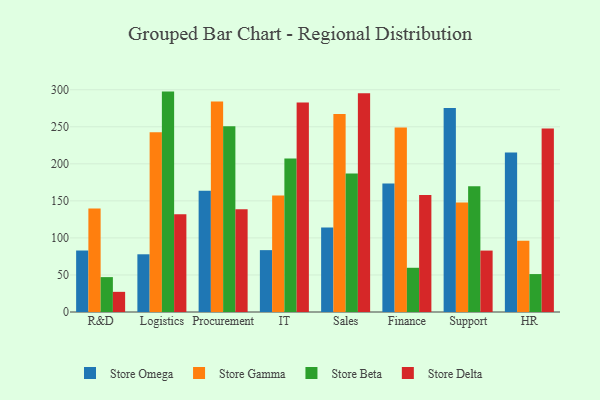
{"axis": {"x": "Department", "y": "Page Views"}, "legend": ["Store Beta", "Store Delta", "Store Gamma", "Store Omega"], "data": [{"x": "R&D", "y": 83.0, "type": "Store Omega"}, {"x": "R&D", "y": 139.8, "type": "Store Gamma"}, {"x": "R&D", "y": 47.1, "type": "Store Beta"}, {"x": "R&D", "y": 27.2, "type": "Store Delta"}, {"x": "Logistics", "y": 77.9, "type": "Store Omega"}, {"x": "Logistics", "y": 242.6, "type": "Store Gamma"}, {"x": "Logistics", "y": 297.5, "type": "Store Beta"}, {"x": "Logistics", "y": 131.9, "type": "Store Delta"}, {"x": "Procurement", "y": 163.5, "type": "Store Omega"}, {"x": "Procurement", "y": 284.0, "type": "Store Gamma"}, {"x": "Procurement", "y": 250.7, "type": "Store Beta"}, {"x": "Procurement", "y": 138.7, "type": "Store Delta"}, {"x": "IT", "y": 83.5, "type": "Store Omega"}, {"x": "IT", "y": 157.3, "type": "Store Gamma"}, {"x": "IT", "y": 207.2, "type": "Store Beta"}, {"x": "IT", "y": 282.8, "type": "Store Delta"}, {"x": "Sales", "y": 114.0, "type": "Store Omega"}, {"x": "Sales", "y": 267.1, "type": "Store Gamma"}, {"x": "Sales", "y": 186.9, "type": "Store Beta"}, {"x": "Sales", "y": 295.4, "type": "Store Delta"}, {"x": "Finance", "y": 173.5, "type": "Store Omega"}, {"x": "Finance", "y": 249.2, "type": "Store Gamma"}, {"x": "Finance", "y": 59.7, "type": "Store Beta"}, {"x": "Finance", "y": 158.0, "type": "Store Delta"}, {"x": "Support", "y": 275.5, "type": "Store Omega"}, {"x": "Support", "y": 147.8, "type": "Store Gamma"}, {"x": "Support", "y": 169.7, "type": "Store Beta"}, {"x": "Support", "y": 82.9, "type": "Store Delta"}, {"x": "HR", "y": 215.2, "type": "Store Omega"}, {"x": "HR", "y": 96.1, "type": "Store Gamma"}, {"x": "HR", "y": 51.2, "type": "Store Beta"}, {"x": "HR", "y": 247.8, "type": "Store Delta"}]}